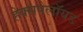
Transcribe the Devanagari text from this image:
हेक्सपेलॉयड